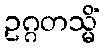
ဥဂ္ဂတသ္မိံ